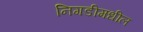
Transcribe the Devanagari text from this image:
निगडीमधील